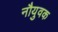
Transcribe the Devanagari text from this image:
नौयुवक